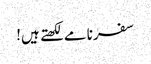
سفرنامے لکھتے ہیں!